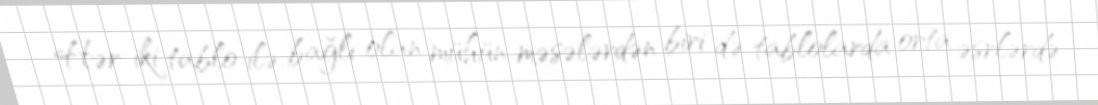
Hər iki tablo ilə bağlı olan mühün məsələrdən biri də tablolarda orta əsrlərdə